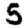
Digit: 5